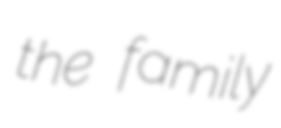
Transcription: the family